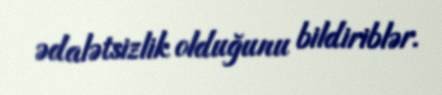
ədalətsizlik olduğunu bildiriblər.